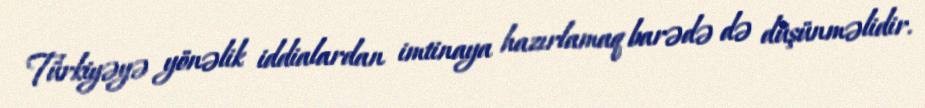
Türkiyəyə yönəlik iddialardan imtinaya hazırlamaq barədə də düşünməlidir.